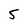
Character: 5